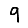
Digit: 9